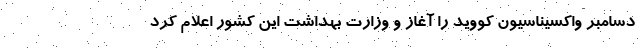
دسامبر واکسیناسیون کووید را آغاز و وزارت بهداشت این کشور اعلام کرد